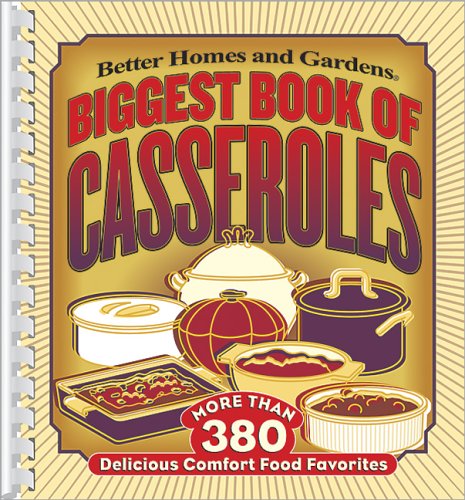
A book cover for Biggest Book of Casseroles (Better Homes & Gardens); Better Homes and Gardens; Cookbooks, Food & Wine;